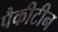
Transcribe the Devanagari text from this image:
पैकीटीन